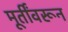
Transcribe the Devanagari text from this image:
मूर्तींवरून